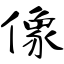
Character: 像